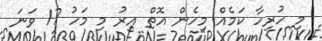
މި ހުރިހާ ކަމެއް މިހެން އޮތް އިރު މި މަހު 17 ވަނަ